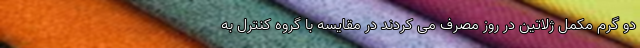
دو گرم مکمل ژلاتین در روز مصرف می کردند در مقایسه با گروه کنترل به